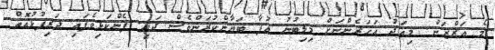
މޯ އަރްޒަން. މިއަދު އަހަރެންނަށް މިލިބުނު އުފާ ބަޔާންކުރަންވެސް ދަތި. ފެންކަޅިވެފައި ދަރިފުޅުއޮތް